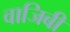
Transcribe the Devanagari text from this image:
वाजिबी